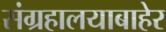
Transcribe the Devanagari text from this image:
संग्रहालयाबाहेर